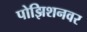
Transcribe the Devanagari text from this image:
पोझिशनवर